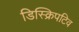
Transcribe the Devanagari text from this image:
डिस्क्रिपटिव